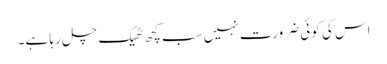
اس کی کوئی ضرورت نہیں سب کچھ ٹھیک چل رہا ہے۔